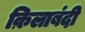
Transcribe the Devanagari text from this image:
क़िलाबंदी